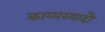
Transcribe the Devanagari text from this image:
काव्यस्यादौ